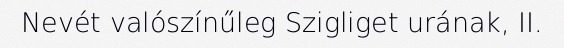
Nevét valószínűleg Szigliget urának, II.